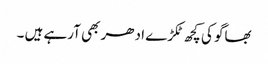
بھاگو کی کچھ ٹکڑے ادھر بھی آرہے ہیں ۔